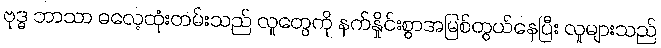
ဗုဒ္ဓ ဘာသာ ဓလေ့ထုံးတမ်းသည် လူတွေကို နက်နှိုင်းစွာအမြစ်တွယ်နေပြီး လူများသည်